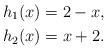
LaTeX: \begin{align*} h_1(x) &= 2 - x, \\ h_2(x) &= x + 2.\end{align*}